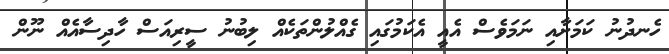
ހެނދުނު ކަމަށާއި ނަމަވެސް އެއީ އެކަމުގައި ގެއްލުންތަކެއް ލިބުނު ސީރިއަސް ހާދިސާއެއް ނޫން